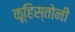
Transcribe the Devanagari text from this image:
कूहिस्तोनी